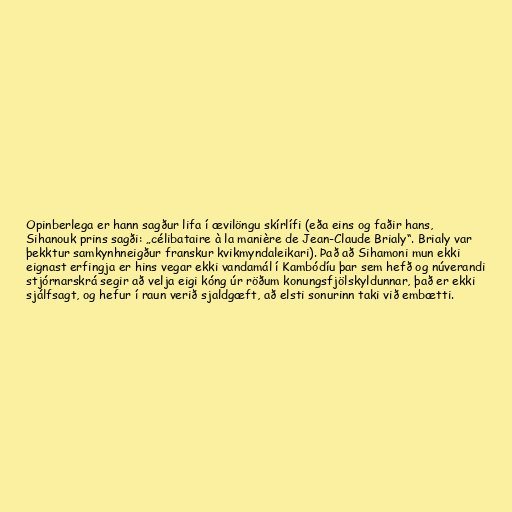
Opinberlega er hann sagður lifa í ævilöngu skírlífi (eða eins og faðir hans,
Sihanouk prins sagði: „célibataire à la manière de Jean-Claude Brialy“. Brialy var
þekktur samkynhneigður franskur kvikmyndaleikari). Það að Sihamoni mun ekki
eignast erfingja er hins vegar ekki vandamál í Kambódíu þar sem hefð og núverandi
stjórnarskrá segir að velja eigi kóng úr röðum konungsfjölskyldunnar, það er ekki
sjálfsagt, og hefur í raun verið sjaldgæft, að elsti sonurinn taki við embætti.